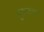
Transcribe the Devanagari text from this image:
हुडलचा